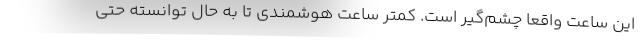
این ساعت واقعا چشم‌گیر است. کمتر ساعت هوشمندی تا به حال توانسته حتی